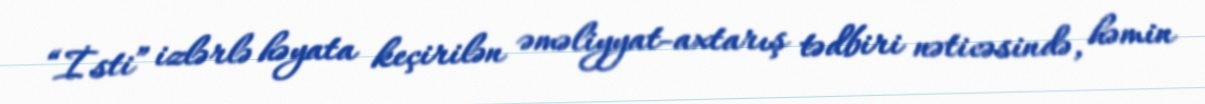
“İsti” izlərlə həyata keçirilən əməliyyat-axtarış tədbiri nəticəsində, həmin